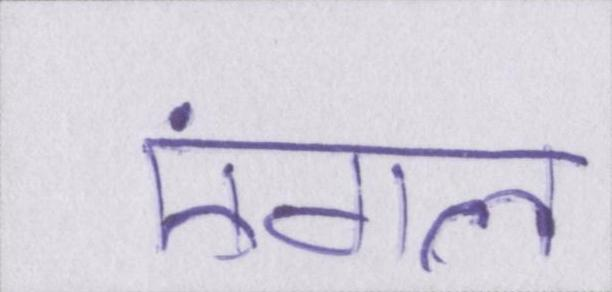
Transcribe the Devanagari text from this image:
एंगल